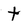
Character: t